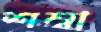
শম্বা